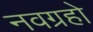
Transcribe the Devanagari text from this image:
नवग्रहो